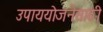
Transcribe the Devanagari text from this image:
उपाययोजनेसाठी